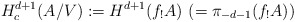
\begin{align*}H^{d+1}_c(A/V) := H^{d+1}(f_! A) \ (= \pi_{-d-1}(f_! A))\end{align*}